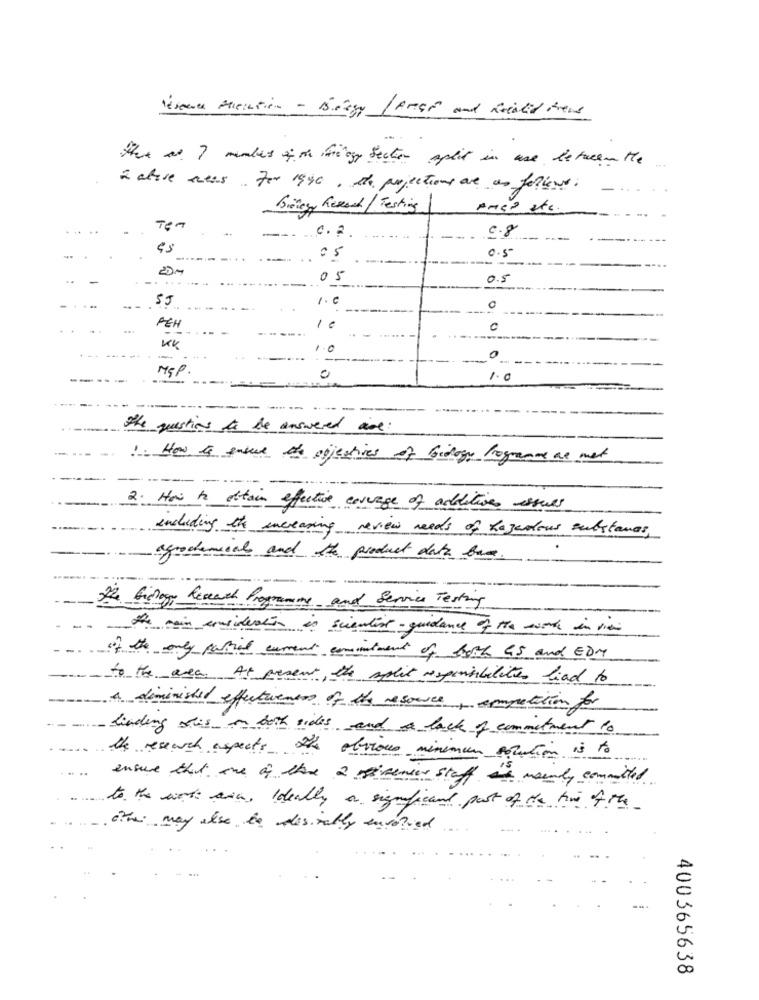
Réseauce Plication - Bogy LAMar and Rotated treas
the as 7 males om teegy section split in use between the
à aluse meas. For 1990 , de projections are as follows.
Bienegy Research/ Testing
AMC2 etc.
Ten
0.8
-
......
0.5
05
05
0.5
55
1. 0
0
PEH
10
0
KK
1.0
-
0
MSP
0
1.0
The questions to be answered are:
1. How to ensure the objectives of biology Programme ar met
-----
2. How to attain efective courage of additive issues
including the increasing review needs of hazardous substances
agrochemical and the product data base.
2. Gichogy Research Programms and Service Testing
the main consideration in scientist- guidance of the moth in via
if the only parial current comitment of both GS and EDM
to the area. At present, the split responsibilities lead to
a diminished effectiveness of the resource, competition for
linding stis on both sides and a lack of commitment to
the research expects the obvious minimum solution is to
ensure that one of the 2 sivenier staff is mainly committed
to the warth ara, Ideally a significant post of the time of the
othe may also be desirable involved
400365638